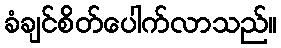
ခံချင်စိတ်ပေါက်လာသည်။